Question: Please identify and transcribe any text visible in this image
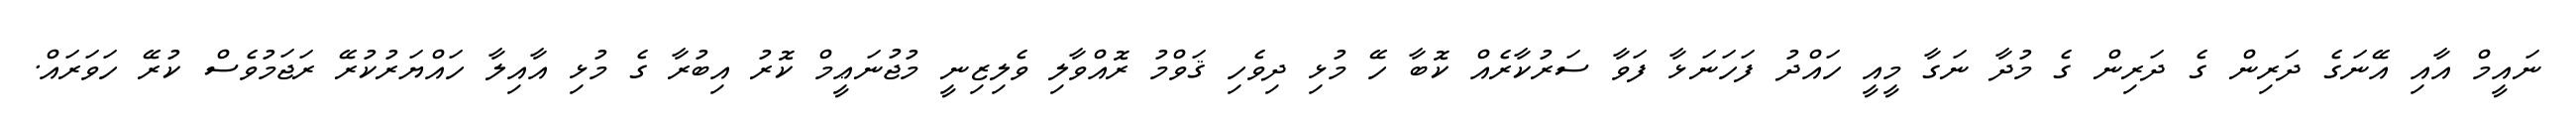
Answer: ނައީމް އާއި އޭނަގެ ދަރިން ގެ ދަރިން ގެ މުދާ ނަގާ މީއީ ހައްދު ފަހަނަޅާ ފަވާ ސަރުކާރެއް ކޮބާ ހޭ މުޅި ދިވެހި ޤަވްމު ރޮއްވާލި ވެލިޒިނީ މުޖުނަޢީމް ކޮރު އިބުރާ ގެ މުޅި އާއިލާ ހައްޔަރުކުރޭ ރަޖަމުވެސް ކުރޭ ހަވަރައް.